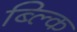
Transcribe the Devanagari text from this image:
ब्ल्कि